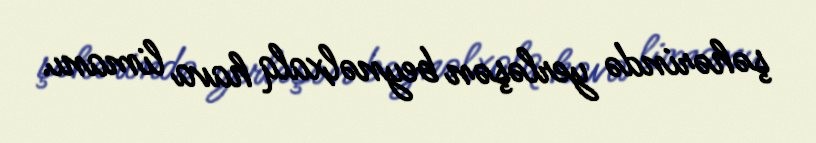
şəhərində yerləşən beynəlxalq hava limanı.